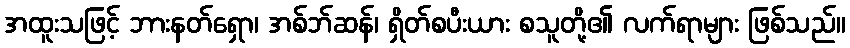
အထူးသဖြင့် ဘားနတ်ရှော၊ အစ်ဘ်ဆန်၊ ရှိတ်စပီးယား စသူတို့၏ လက်ရာများ ဖြစ်သည်။